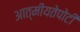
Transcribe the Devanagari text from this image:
आत्मीयतेपोटी